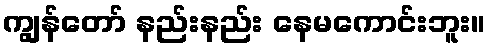
ကျွန်တော် နည်းနည်း နေမကောင်းဘူး။